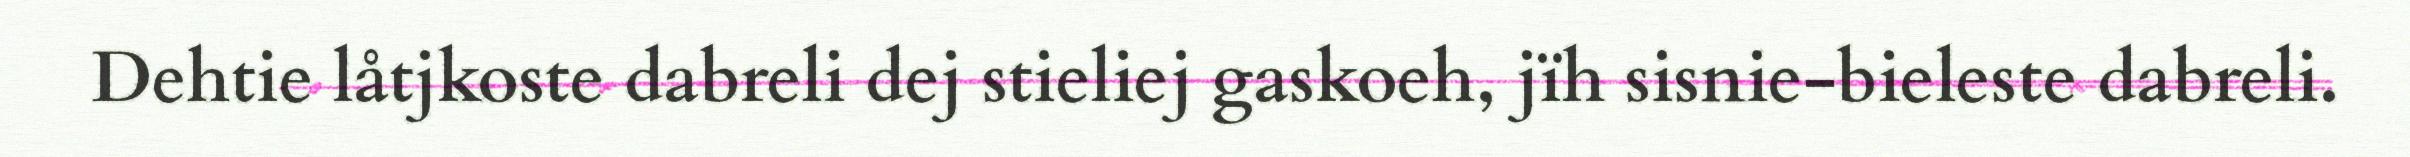
Dehtie låtjkoste dabreli dej stieliej gaskoeh, jïh sisnie-bieleste dabreli.